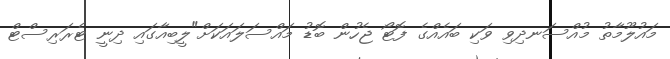
މައުލޫމާތު މުއްސަނދިވި ވަކި ބައެއްގެ ފޮޓޯ ޖެހުން ބޮޑު މައްސަލައަކަށް"ލީބިއާގައި ދިނީ ޓެރަރިސްޓް